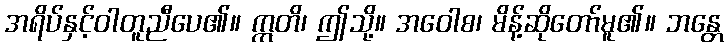
အရိပ်နှင့်ဝါတူညီပေ၏။ ဣတိ၊ ဤသို့။ အဝေါစ၊ မိန့်ဆိုတော်မူ၏။ ဘန္တေ